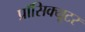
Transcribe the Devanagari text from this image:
प्रॉसिक्यूटर